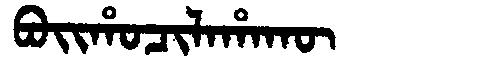
Manchu: ᠪᠣᡳᡥᠣᠴᡳᠯᠠᡥᠠᡴᡡ
Romanization: BOIHOCILAHAKŪ